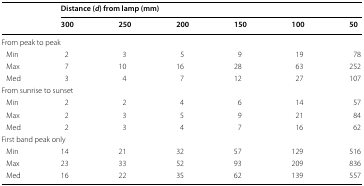
| <ROWSPAN=2>  | <COLSPAN=6> Distance (d) from lamp (mm) |
 | 300 | 250 | 200 | 150 | 100 | 50 |
 | --- | --- | --- | --- | --- | --- | --- |
 | <COLSPAN=7> From peak to peak |
 | Min | 2 | 3 | 5 | 9 | 19 | 78 |
 | Max | 7 | 10 | 16 | 28 | 63 | 252 |
 | Med | 3 | 4 | 7 | 12 | 27 | 107 |
 | <COLSPAN=7> From sunrise to sunset |
 | Min | 2 | 2 | 4 | 6 | 14 | 57 |
 | Max | 2 | 3 | 5 | 9 | 21 | 84 |
 | Med | 2 | 3 | 4 | 7 | 16 | 62 |
 | <COLSPAN=7> First band peak only |
 | Min | 14 | 21 | 32 | 57 | 129 | 516 |
 | Max | 23 | 33 | 52 | 93 | 209 | 836 |
 | Med | 16 | 22 | 35 | 62 | 139 | 557 |